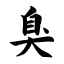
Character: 臭